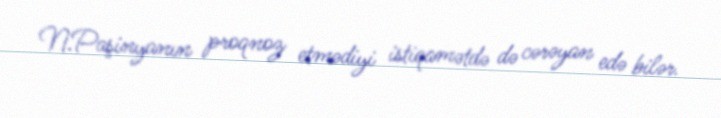
N.Paşinyanın proqnoz etmədiyi istiqamətdə də cərəyan edə bilər.